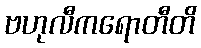
ဗဟုလီကရောတီတိ